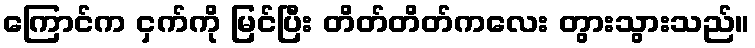
ကြောင်က ငှက်ကို မြင်ပြီး တိတ်တိတ်ကလေး တွားသွားသည်။